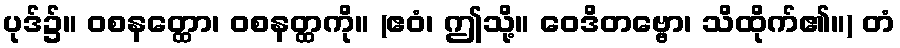
ပုဒ်၌။ ဝစနတ္ထော၊ ဝစနတ္ထကို။ (ဧဝံ၊ ဤသို့။ ဝေဒိတဗ္ဗော၊ သိထိုက်၏။) တံ